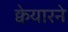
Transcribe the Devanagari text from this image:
क्वेयारने